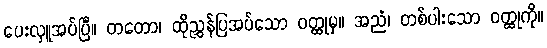
ပေးလှူအပ်ပြီ။ တတော၊ ထိုညွှန်ပြအပ်သော ဝတ္ထုမှ။ အညံ၊ တစ်ပါးသော ဝတ္ထုကို။